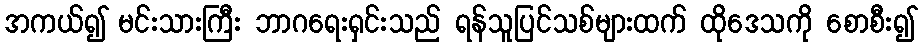
အကယ်၍ မင်းသားကြီး ဘာဂရေးရှင်းသည် ရန်သူပြင်သစ်များထက် ထိုဒေသကို စောစီး၍